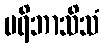
ပရိဘာသိသံ